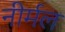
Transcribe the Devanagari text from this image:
नीर्मल